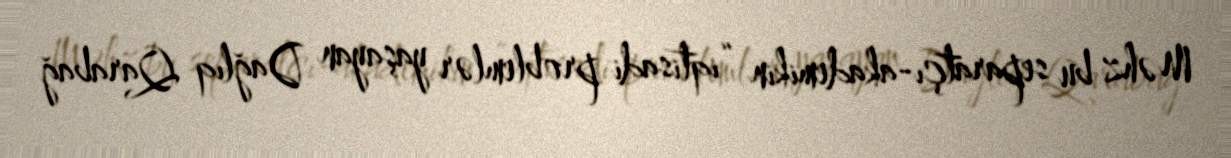
Məhz bu separatçı-akademikin “iqtisadi problemlər yaşayan Dağlıq Qarabağ